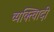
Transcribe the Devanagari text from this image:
व्यक्त्विादी